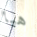
هيا